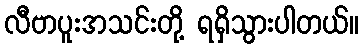
လီဗာပူးအသင်းတို့ ရရှိသွားပါတယ်။